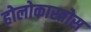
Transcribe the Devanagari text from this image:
होलोकास्तोस